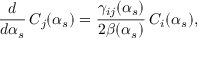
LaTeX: \frac { d } { d \alpha _ { s } } \, C _ { j } ( \alpha _ { s } ) = \frac { \gamma _ { i j } ( \alpha _ { s } ) } { 2 \beta ( \alpha _ { s } ) } \, C _ { i } ( \alpha _ { s } ) ,